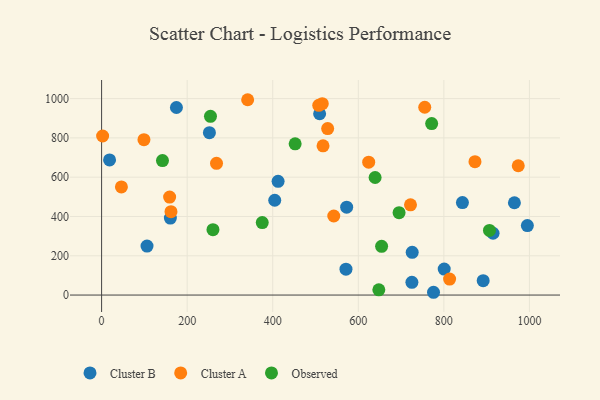
{"axis": {"x": "Distance", "y": "Fuel Efficiency"}, "legend": ["Cluster A", "Cluster B", "Observed"], "data": [{"x": "843.4", "y": 471.0, "type": "Cluster B"}, {"x": "412.5", "y": 578.9, "type": "Cluster B"}, {"x": "404.7", "y": 482.5, "type": "Cluster B"}, {"x": "891.9", "y": 73.0, "type": "Cluster B"}, {"x": "964.9", "y": 470.0, "type": "Cluster B"}, {"x": "160.7", "y": 391.9, "type": "Cluster B"}, {"x": "509.6", "y": 923.0, "type": "Cluster B"}, {"x": "106.2", "y": 249.5, "type": "Cluster B"}, {"x": "572.8", "y": 447.3, "type": "Cluster B"}, {"x": "18.6", "y": 688.1, "type": "Cluster B"}, {"x": "775.8", "y": 14.2, "type": "Cluster B"}, {"x": "571.2", "y": 131.6, "type": "Cluster B"}, {"x": "252.0", "y": 826.7, "type": "Cluster B"}, {"x": "174.9", "y": 954.8, "type": "Cluster B"}, {"x": "800.8", "y": 132.4, "type": "Cluster B"}, {"x": "915.0", "y": 314.6, "type": "Cluster B"}, {"x": "726.0", "y": 217.7, "type": "Cluster B"}, {"x": "725.3", "y": 64.7, "type": "Cluster B"}, {"x": "995.2", "y": 353.7, "type": "Cluster B"}, {"x": "162.2", "y": 424.4, "type": "Cluster A"}, {"x": "528.4", "y": 847.6, "type": "Cluster A"}, {"x": "755.3", "y": 956.1, "type": "Cluster A"}, {"x": "517.6", "y": 759.5, "type": "Cluster A"}, {"x": "46.3", "y": 550.4, "type": "Cluster A"}, {"x": "341.4", "y": 994.3, "type": "Cluster A"}, {"x": "813.4", "y": 81.6, "type": "Cluster A"}, {"x": "268.6", "y": 670.5, "type": "Cluster A"}, {"x": "515.8", "y": 974.3, "type": "Cluster A"}, {"x": "159.0", "y": 498.6, "type": "Cluster A"}, {"x": "507.6", "y": 965.9, "type": "Cluster A"}, {"x": "973.9", "y": 658.1, "type": "Cluster A"}, {"x": "722.0", "y": 459.4, "type": "Cluster A"}, {"x": "99.0", "y": 790.8, "type": "Cluster A"}, {"x": "624.3", "y": 676.6, "type": "Cluster A"}, {"x": "542.7", "y": 402.4, "type": "Cluster A"}, {"x": "2.4", "y": 809.7, "type": "Cluster A"}, {"x": "872.7", "y": 678.9, "type": "Cluster A"}, {"x": "648.0", "y": 26.7, "type": "Observed"}, {"x": "639.3", "y": 598.4, "type": "Observed"}, {"x": "695.3", "y": 419.5, "type": "Observed"}, {"x": "771.5", "y": 873.1, "type": "Observed"}, {"x": "142.3", "y": 684.6, "type": "Observed"}, {"x": "260.3", "y": 332.8, "type": "Observed"}, {"x": "654.5", "y": 248.2, "type": "Observed"}, {"x": "254.5", "y": 909.9, "type": "Observed"}, {"x": "452.4", "y": 769.8, "type": "Observed"}, {"x": "375.5", "y": 369.0, "type": "Observed"}, {"x": "906.6", "y": 328.8, "type": "Observed"}]}